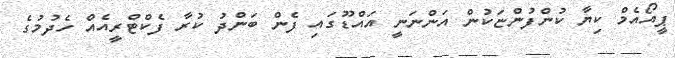
ޕީއޯއެމް ކިޔާ ކުންފުންޏަކުން އަންނަނީ އައްޑޫގައި ފެން ބަންދު ކުރާ ފެކްޓްރީއެއް ހެދުމުގެ